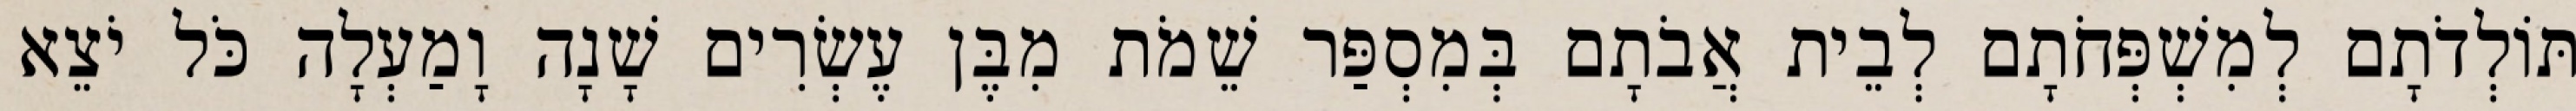
תּוֹלְדֹתָם לְמִשְׁפְּחֹתָם לְבֵית אֲבֹתָם בְּמִסְפַּר שֵׁמֹת מִבֶּן עֶשְׂרִים שָׁנָה וָמַעְלָה כֹּל יֹצֵא